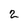
Character: 2